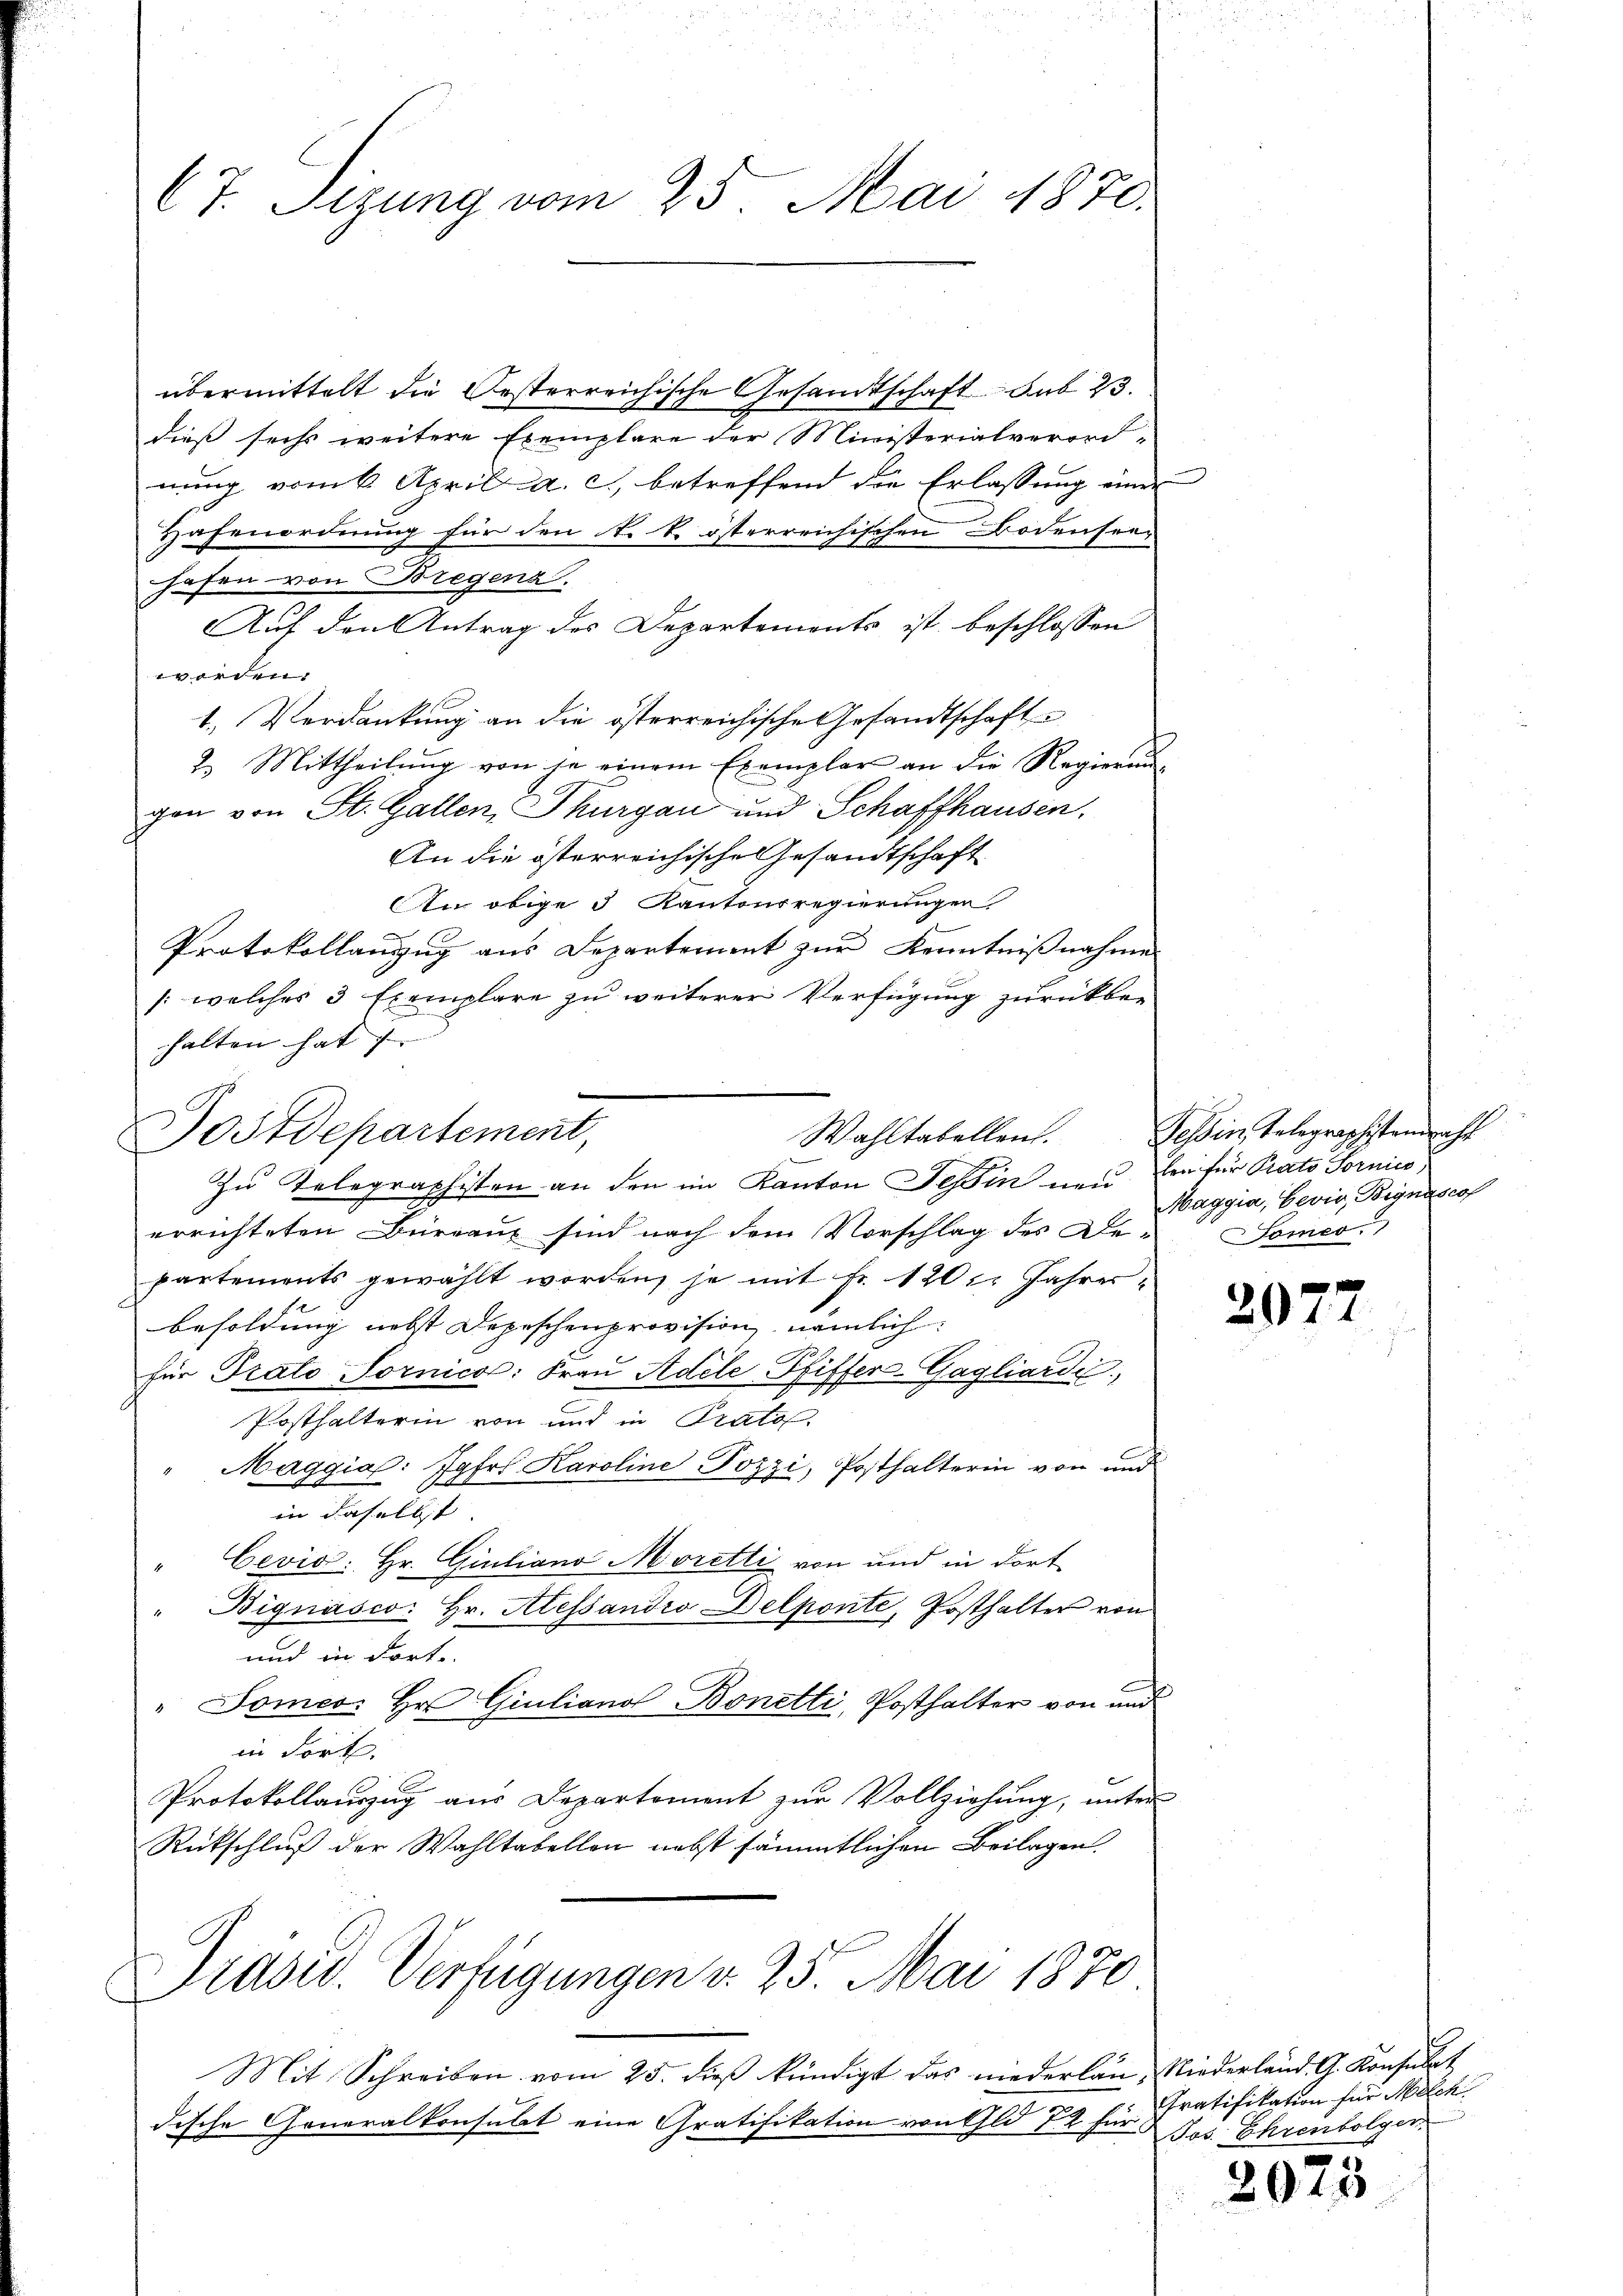
Ct. Sizung vom 25. Mai 1870.

übermittelt die Oesterreichische Gesandtschaft sub 23.
dieß sechs weitere Exemplare der Ministerialverord-
nung vom 6. April a. c., betreffend die Erlassung einer
Hafenordnung für den k. k. österreichischen Bodenseehafen von Bregenz.
Auf den Antrag des Departements ist beschlossen
worden.
1. Verdankung an die österreichische Gesandtschaft
2. Mittheilŭng von je einem Exemplar an die Regierung
gen von St. Gallen, Thurgau und Schaffhausen.
An die österreichische Gesandtschaft
n obige 3 Kantonsregierungen
Protokollanzug aus Departement zur Kenntnißnahme
/: welches 3 Exemplare zu weiterer Verfügung zurückbe-
halten hat i
Zu Telegraphisten an den im Kanton Teßin neu, Er für Prato Tornico
errichteten Bureaus sind nach dem Vorschlag des Departements gewählt worden, je mit Fr. 120. Jahrer¬
Besoldung nebst Depeschenprovision, nämlich
für Prato Tornica: Fraŭ Adele-Pfiffer-Gagliarde
Posthalterin von und in Prato
Maggia: Jgfr. Karoline Pozzi, Posthalterin von und
in daselbst
Cevio: Hr. Giuliano Moretti von und in dort
" Bignasco: Hr. Alessandro Delponte, Posthalter von
und in Fort-
" Domeo Hr. Giuliano Bonetti, Posthalter von und
in dort.
Protokollauszug aus Departement zur Vollziehung, unter
Rückschluß der Wahltabellon nebst sämmtlichen Beilagen.
Präsid. Verfügungen v. 25. Mai 1870
Mit Schreiben vom 25. dieβ kündigt das niederlan Niederland. G. Konsulat
dische Generalkonsulat eine Gratifikation von Gld 72 für

Dostdepartement,

Wahltabellen. Tessin, Telegraphistenmacht
Maggia, Eevin, Bignasco
ames

)

2077

Gratifikation für Melch
Jos: Ehrenbolgen

2073